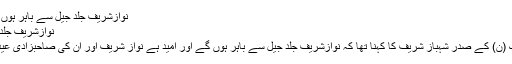
نوازشریف جلد جیل سے باہر ہوں گے،شہباز شریف – UNN News
نوازشریف جلد جیل سے باہر ہوں گے،شہباز شریف
اسلام آباد(یو این این)پاکستان مسلم لیگ (ن) کے صدر شہباز شریف کا کہنا تھا کہ نوازشریف جلد جیل سے باہر ہوں گے اور امید ہے نواز شریف اور ان کی صاحبزادی عید اپنے لوگوں کے درمیان منائیں گے۔